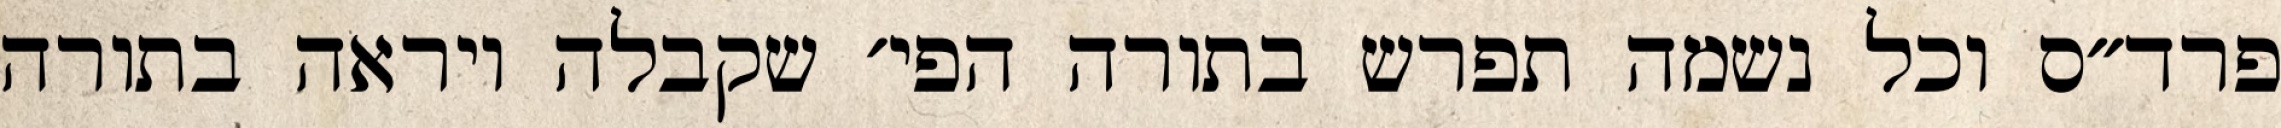
פרד״ס וכל נשמה תפרש בתורה הפי׳ שקבלה ויראה בתורה